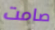
صامت